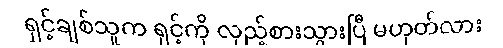
ရှင့်ချစ်သူက ရှင့်ကို လှည့်စားသွားပြီ မဟုတ်လား